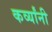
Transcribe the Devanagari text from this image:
कर्व्यांनी